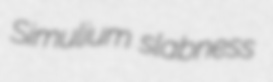
Simulium slabness